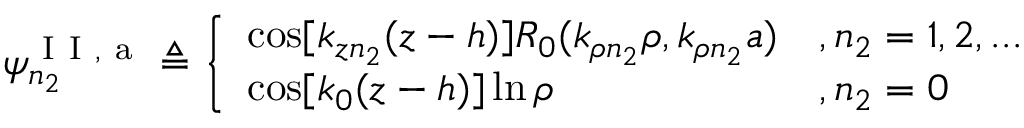
\psi _ { n _ { 2 } } ^ { \mathrm { ~ I ~ I ~ , ~ a ~ } } \triangleq \left\{ \begin{array} { l l } { \cos [ k _ { z n _ { 2 } } ( z - h ) ] R _ { 0 } ( k _ { \rho n _ { 2 } } \rho , k _ { \rho n _ { 2 } } a ) } & { , n _ { 2 } = 1 , 2 , . . . } \\ { \cos [ k _ { 0 } ( z - h ) ] \ln \rho } & { , n _ { 2 } = 0 } \end{array} \right.